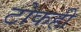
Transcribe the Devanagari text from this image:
टोकही